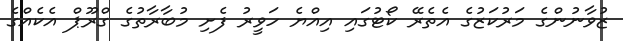
ޒުވާނުންގެ މަރުކަޒުގެ އެތެރޭ ކޯޓުގައި އިއްޔެ ހަވީރު ފެށި މުބާރާތުގެ ގްރޫޕް އެކެއްގެ